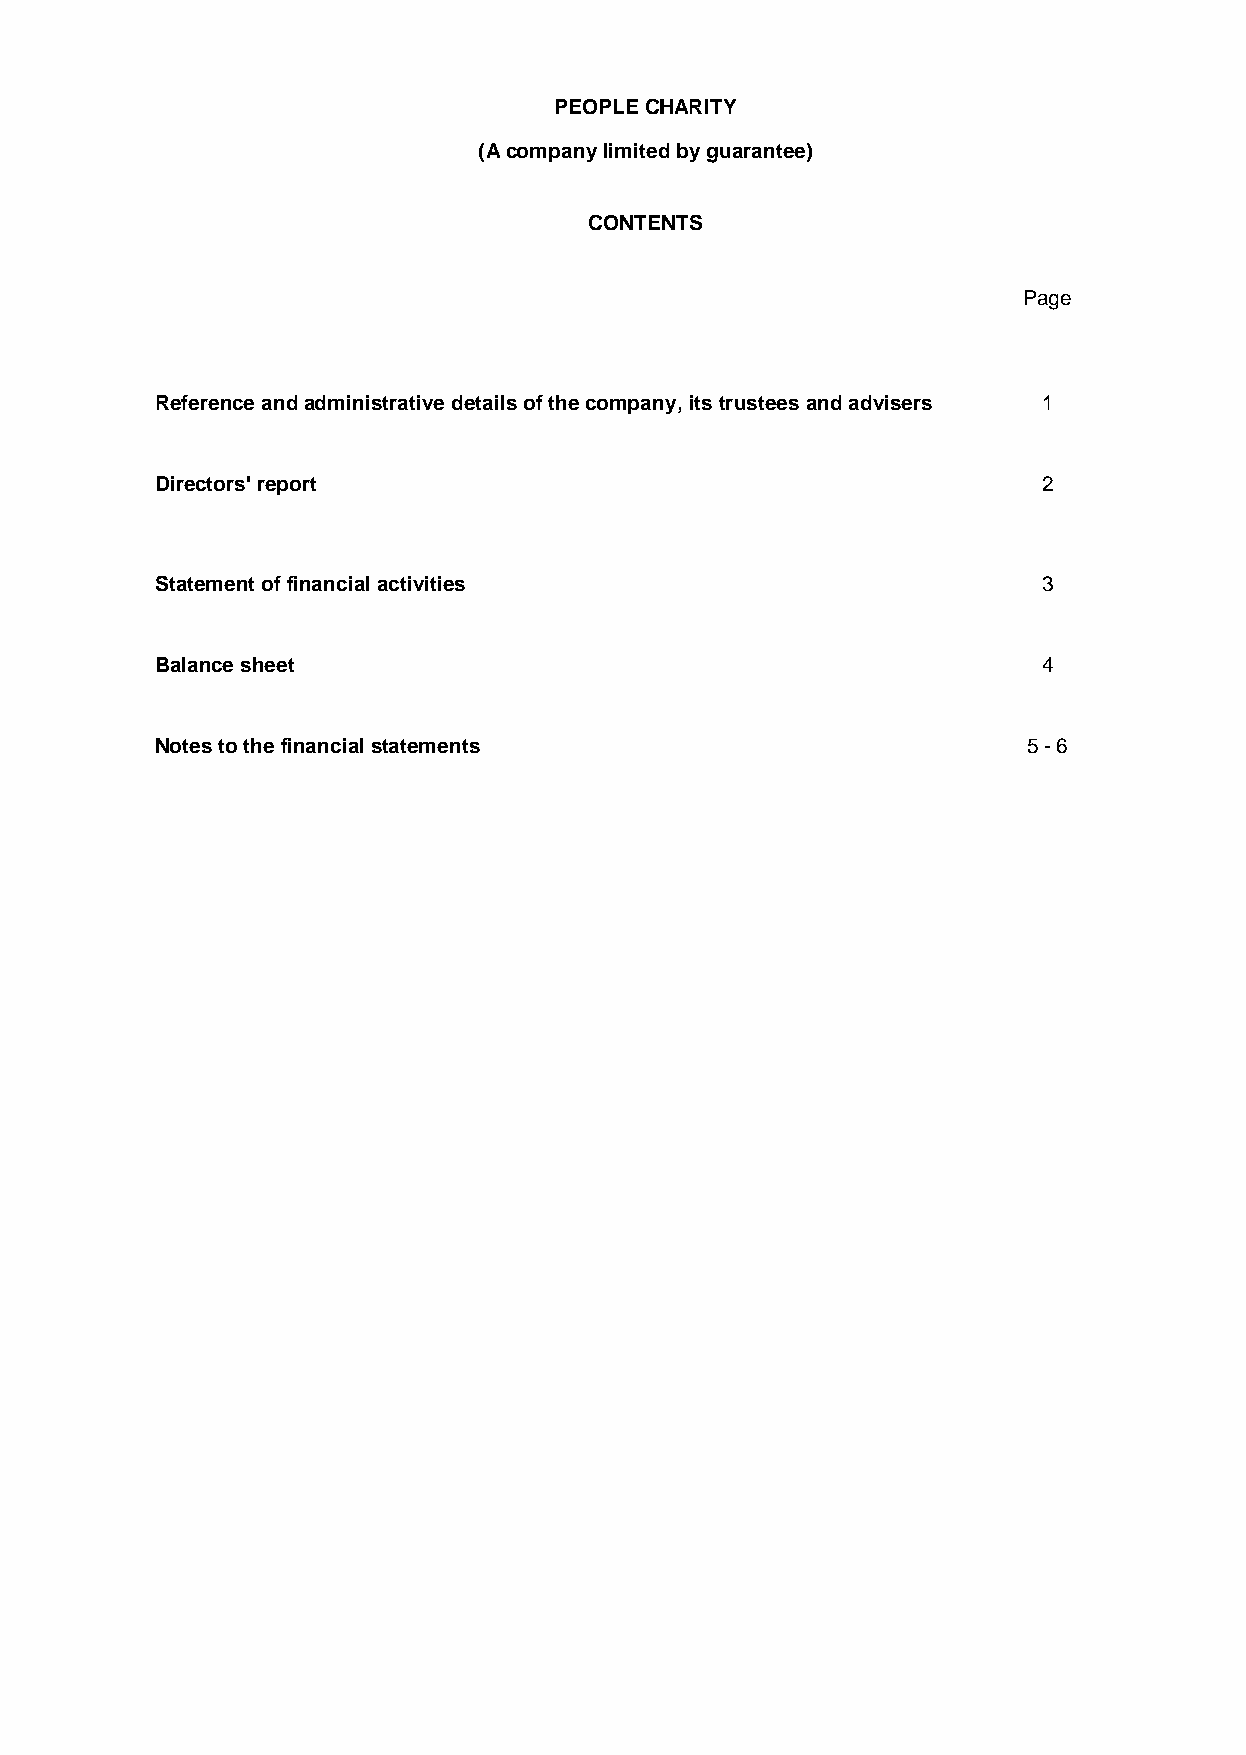
PEOPLE CHARITY
 (A company limited by guarantee)
 CONTENTS
 Page
 Reference and administrative details of the company, its trustees and advisers 1
 Directors' report                                          2
 Statement of financial activities                          3
 Balance sheet                                              4
 Notes to the financial statements                         5 - 6